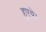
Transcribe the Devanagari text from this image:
हुएथे।